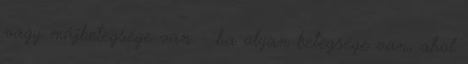
vagy májbetegsége van. - ha olyan betegsége van, ahol